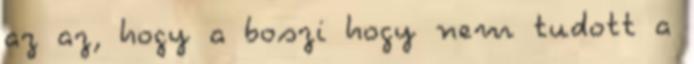
az az, hogy a boszi hogy nem tudott a